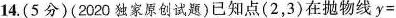
14.(5分)(2020独家原创试题)已知点(2，3)在抛物线$$y =